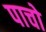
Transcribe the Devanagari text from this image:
पाचो